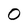
Character: 0